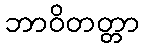
ဘာဝိတတ္တာ